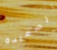
السعيده